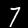
Digit: 7